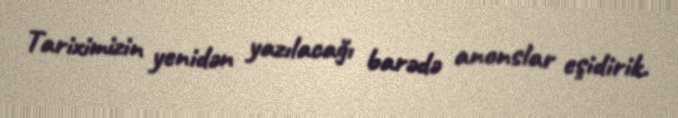
Tariximizin yenidən yazılacağı barədə anonslar eşidirik.